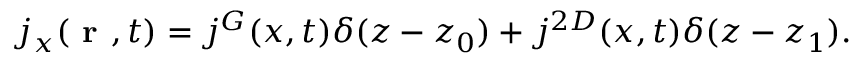
\begin{array} { r } { j _ { x } ( \textbf { r } , t ) = j ^ { G } ( x , t ) \delta ( z - z _ { 0 } ) + j ^ { 2 D } ( x , t ) \delta ( z - z _ { 1 } ) . } \end{array}